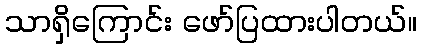
သာရှိကြောင်း ဖော်ပြထားပါတယ်။